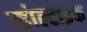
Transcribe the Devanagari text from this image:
व्होल्टाइक